Vabadussoja_Ajaloo_Komitee, lk 55
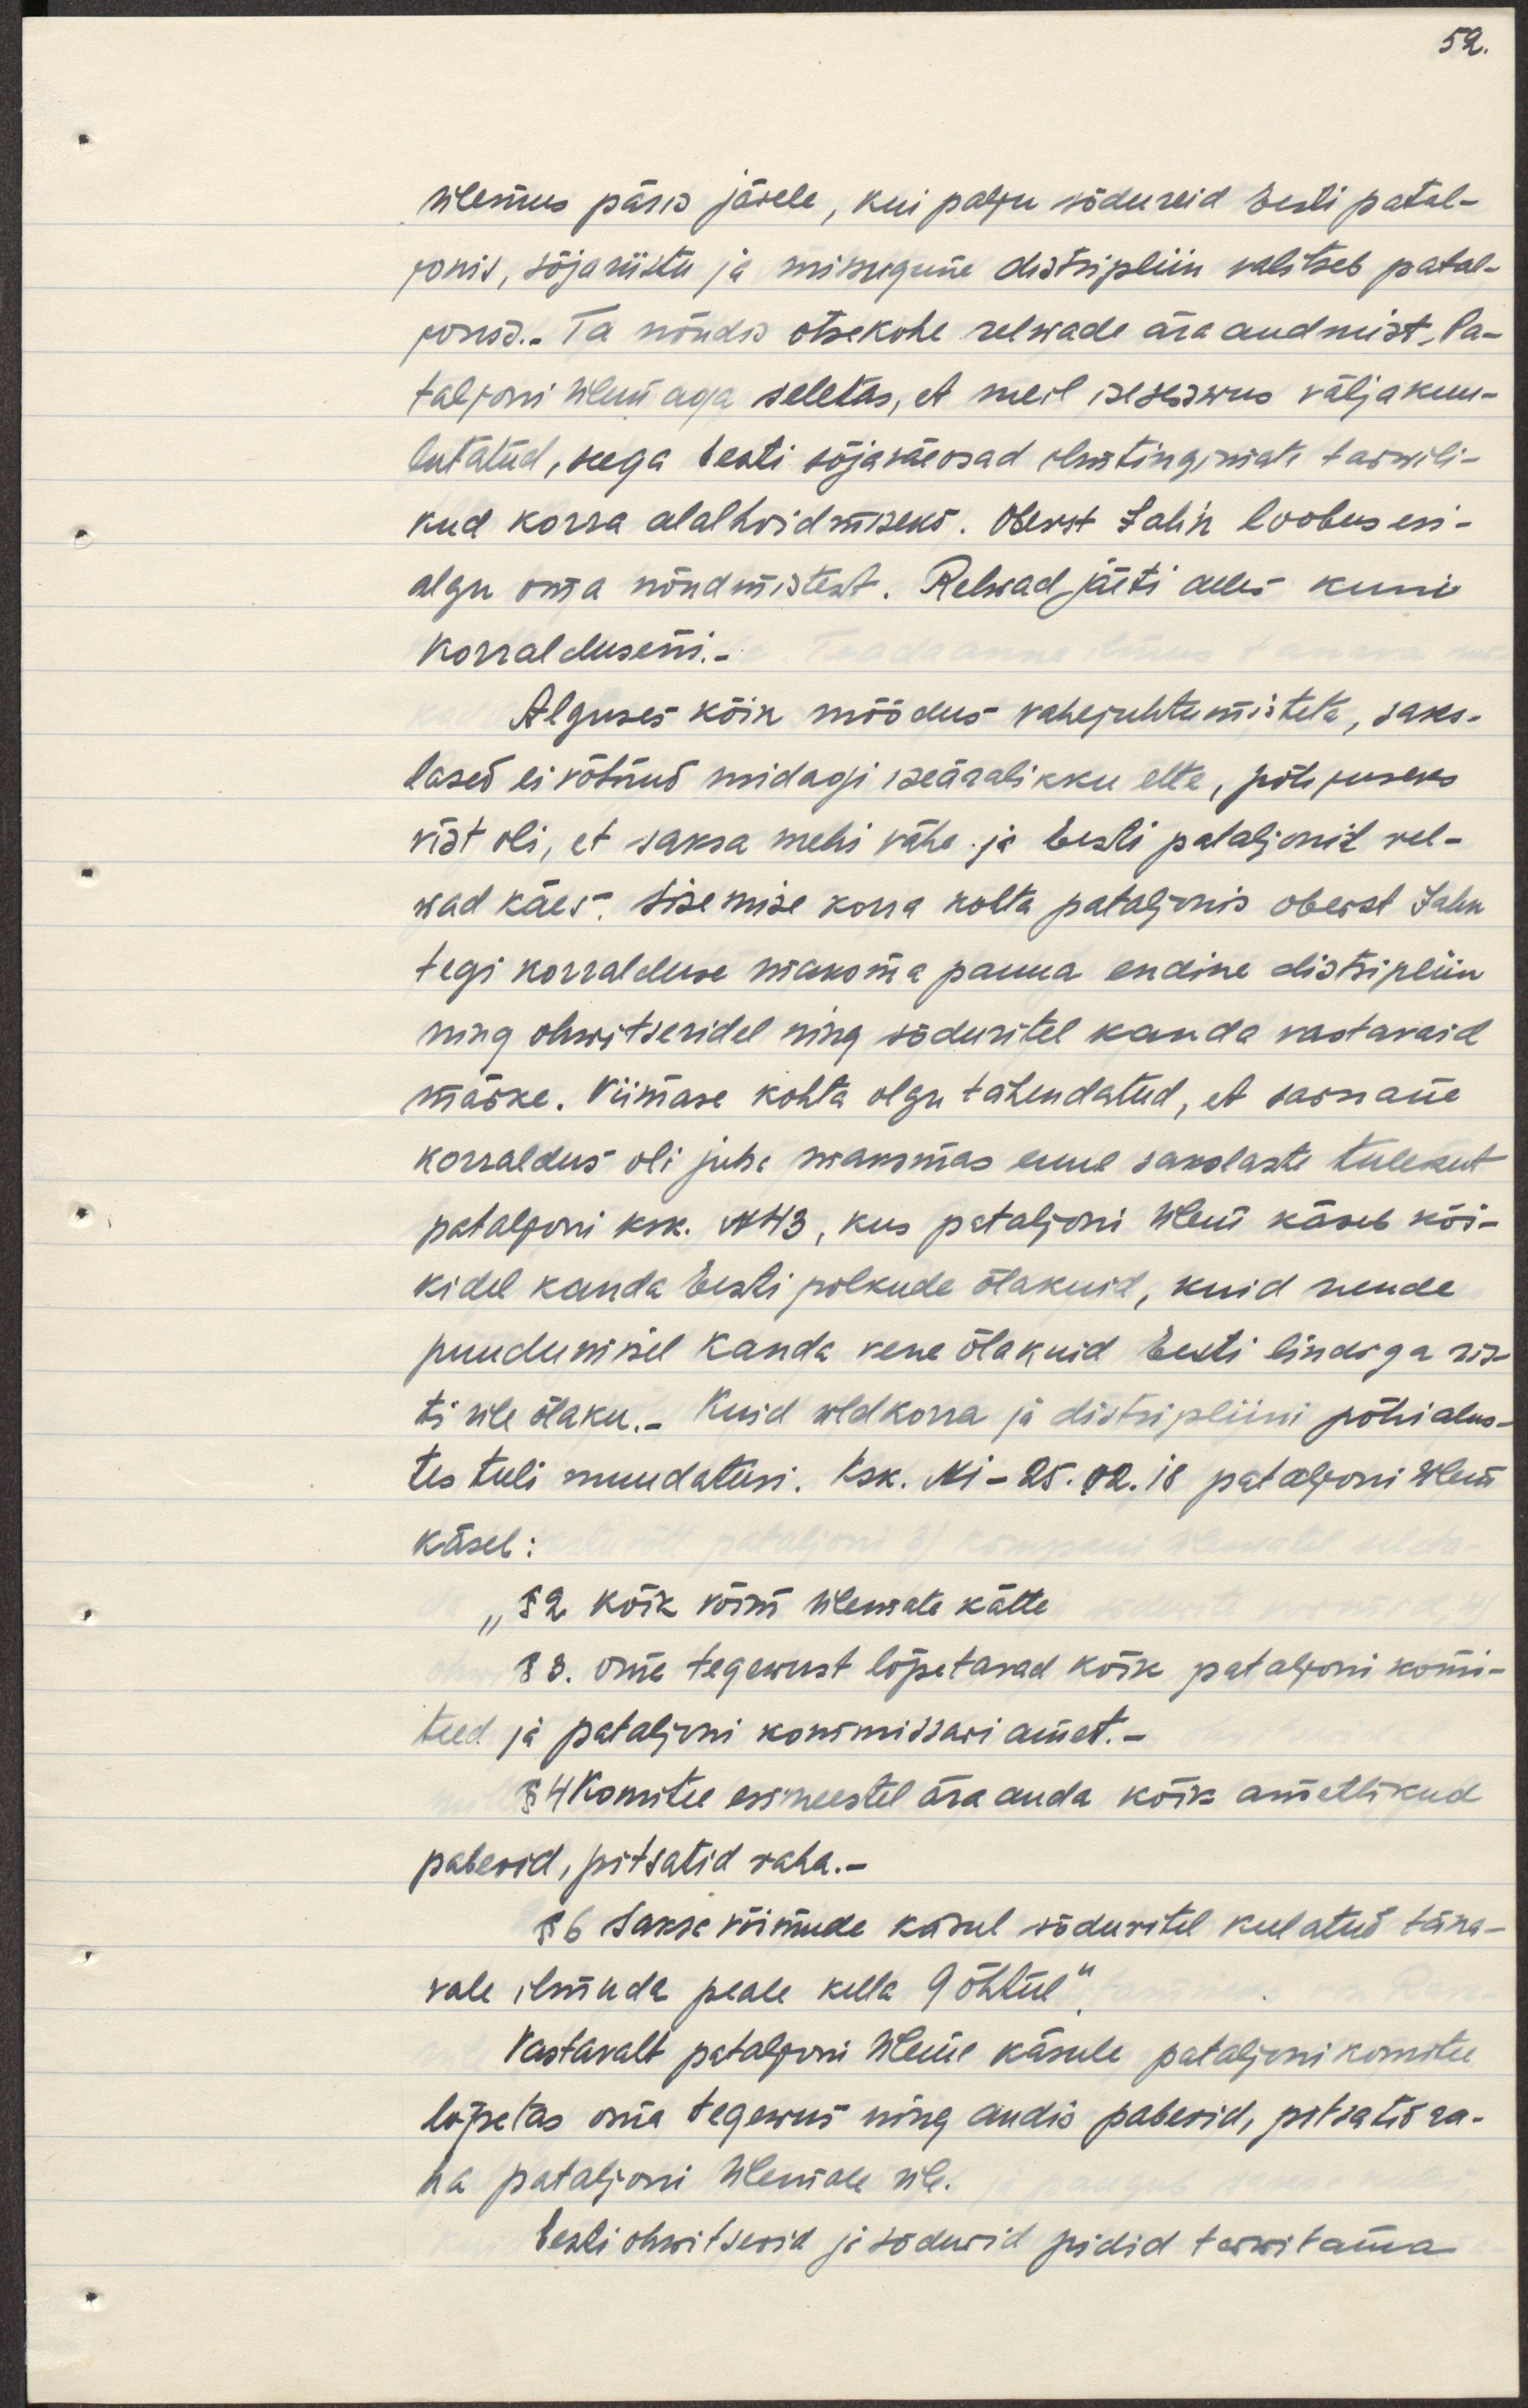
ülemus päris järele, kui palju sõdureid Eesti patal-
jonis, sõjariistu ja missugune distsipliin valitseb patal-
jonis. Ta nõudis otsekohe relwade ära andmist, Pa-
taljoni ülem aga seletas, et meil iseseiwus väljakuu-
lutatud, seega Eesti sõjaväeosad ilmtingimata tarwili-
kud korra alalhoidmiseks. Obertst Jahn loobus esi-
algu oam nõudmistest. Relwad jäeti alles kuni
korralduseni.-
Alguses kõik möödus vahejuhtumisteta, saks-
lased ei võtnud midagi iseäralikku ette, põhjuseks
vist oli, et saksa mehi vähe ja Eesti pataljonil rel-
wad käes. Sisemise korra kohta pataljonis oberst Jahn
tegi korralduse makskma panna endine distsipliin
ning ohwitseridel ning sõduritel kanda vastavaid
märke. Viimase kohta olgu tähendatud, et sarnane 
korraldus oli maksmas enne sakslaste tulekut
pataljoni ksk. N 43, kus pataljoni ülem käseb kõi-
kidel kanda Eesti polkude õlakuid, kuid nende 
puudumisel kanda vene õlakuid Eesti lindiga ris-
ti üle õlaku.- Kuid üldkorra ja distsipliini põhialus-
tes tuli muudatusi. Ksk Ni - 25.02.18 pataljoni ülem
käseb: 
§ 2 kõik võim ülemate kätte
§ 3 oma tegewust lõpetavad kõik pataljoni komi-
teed ja pataljoni kommissari amet.-
§ 4 Komitee esimeestel ära anda kõik ametlikud 
paberid, pitsatid raha.-
§ 6 Saksa võimude käsul sõduritel keelatud täna-
vale ilmuda peale kella 9 õhtul."
Vastavalt pataljoni ülema käsule pataljoni komitee
lõpetas oma tegewus ning andis paberid, pitsatid ra-
ha pataljoni ülemale üle.
Eesti ohwitserid ja sõdurid pidid terwitama